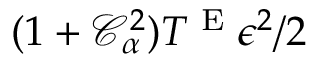
( 1 + \mathcal { C } _ { \alpha } ^ { 2 } ) T ^ { \textnormal { E } } \epsilon ^ { 2 } / 2